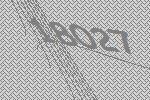
18027